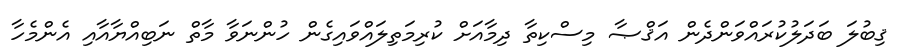
ޤިބުލަ ބަދަލުކުރައްވަންދެން އަޤްޞާ މިސްކިތާ ދިމާއަށް ކުރިމަތިލައްވައިގެން ހުންނަވާ މާތް ނަބިއްޔާއާއި އެންމެހާ